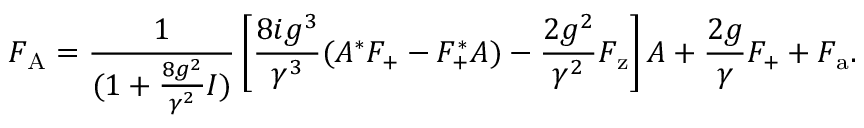
F _ { \mathrm { A } } = \frac { 1 } { ( 1 + \frac { 8 g ^ { 2 } } { \gamma ^ { 2 } } I ) } \left[ \frac { 8 i g ^ { 3 } } { \gamma ^ { 3 } } ( A ^ { * } F _ { \mathrm { + } } - F _ { \mathrm { + } } ^ { * } A ) - \frac { 2 g ^ { 2 } } { \gamma ^ { 2 } } F _ { \mathrm { z } } \right] A + \frac { 2 g } { \gamma } F _ { \mathrm { + } } + F _ { \mathrm { a } } .